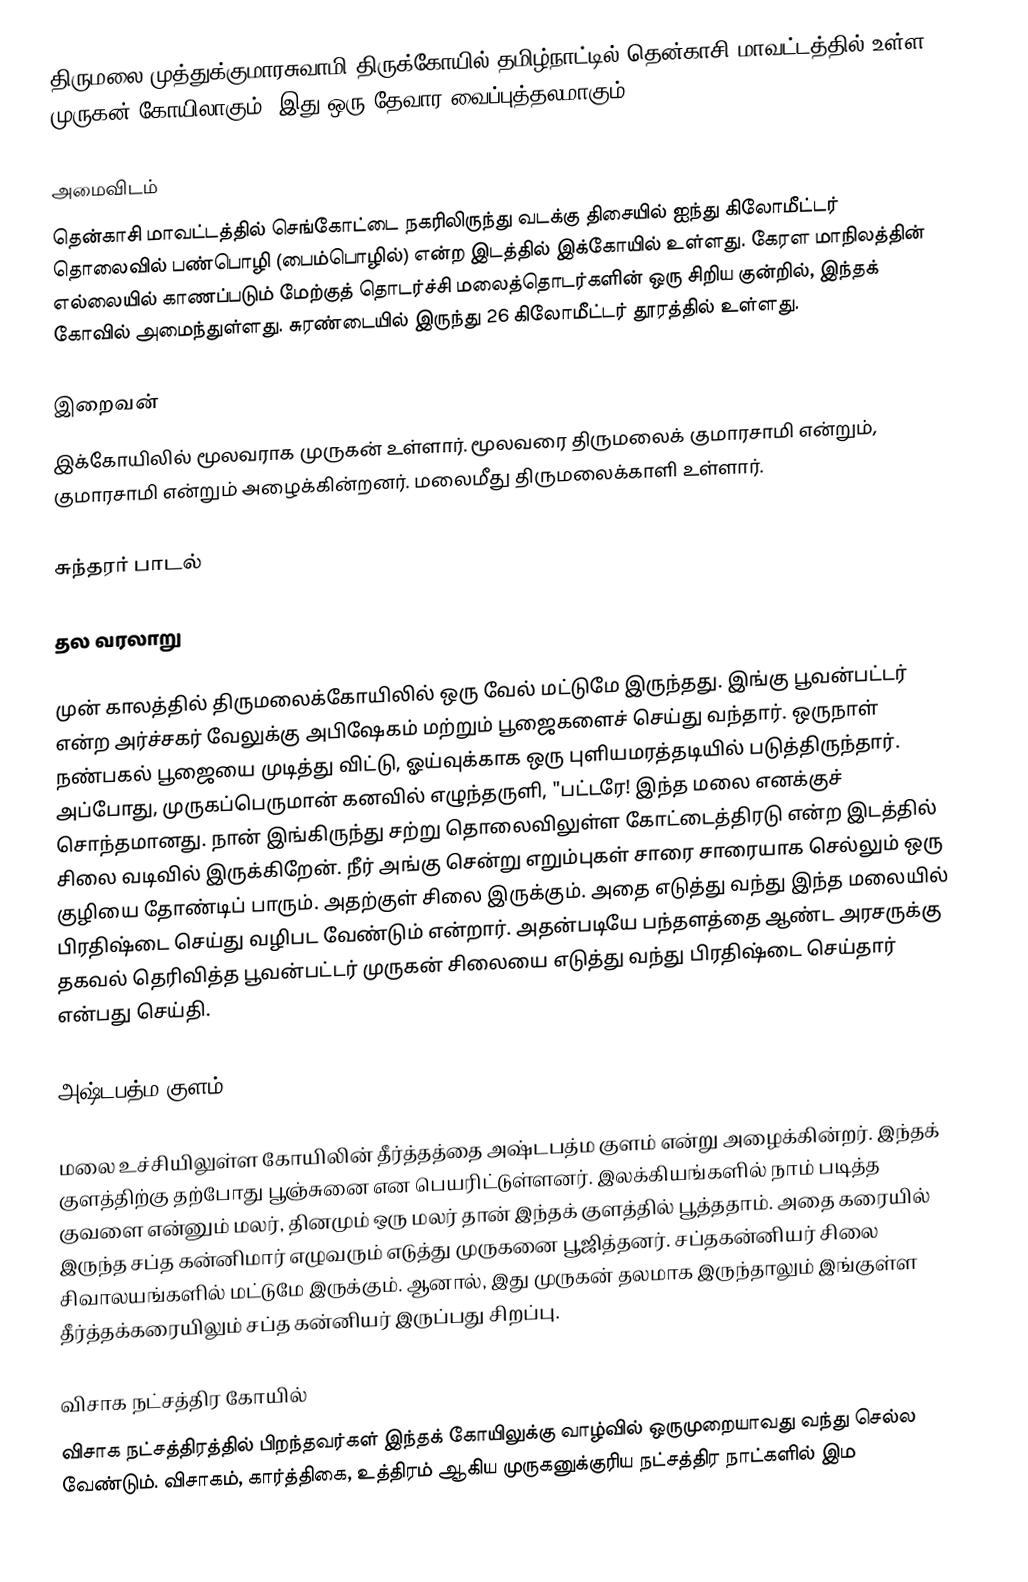
திருமலை முத்துக்குமாரசுவாமி திருக்கோயில் தமிழ்நாட்டில் தென்காசி மாவட்டத்தில் உள்ள முருகன் கோயிலாகும். இது ஒரு தேவார வைப்புத்தலமாகும்.

அமைவிடம்
தென்காசி மாவட்டத்தில் செங்கோட்டை நகரிலிருந்து வடக்கு திசையில் ஐந்து கிலோமீட்டர் தொலைவில் பண்பொழி (பைம்பொழில்) என்ற இடத்தில் இக்கோயில் உள்ளது. கேரள மாநிலத்தின் எல்லையில் காணப்படும் மேற்குத் தொடர்ச்சி மலைத்தொடர்களின் ஒரு சிறிய குன்றில், இந்தக் கோவில் அமைந்துள்ளது. சுரண்டையில் இருந்து 26 கிலோமீட்டர் தூரத்தில் உள்ளது.

இறைவன்
இக்கோயிலில் மூலவராக முருகன் உள்ளார். மூலவரை திருமலைக் குமாரசாமி என்றும், குமாரசாமி என்றும் அழைக்கின்றனர்.  மலைமீது திருமலைக்காளி உள்ளார்.

சுந்தரர் பாடல்

தல வரலாறு

முன் காலத்தில் திருமலைக்கோயிலில் ஒரு வேல் மட்டுமே இருந்தது. இங்கு பூவன்பட்டர் என்ற அர்ச்சகர் வேலுக்கு அபிஷேகம் மற்றும் பூஜைகளைச் செய்து வந்தார். ஒருநாள் நண்பகல் பூஜையை முடித்து விட்டு, ஓய்வுக்காக ஒரு புளியமரத்தடியில் படுத்திருந்தார். அப்போது, முருகப்பெருமான் கனவில் எழுந்தருளி, "பட்டரே! இந்த மலை எனக்குச் சொந்தமானது. நான் இங்கிருந்து சற்று தொலைவிலுள்ள கோட்டைத்திரடு என்ற இடத்தில் சிலை வடிவில் இருக்கிறேன். நீர் அங்கு சென்று எறும்புகள் சாரை சாரையாக செல்லும் ஒரு குழியை தோண்டிப் பாரும். அதற்குள் சிலை இருக்கும். அதை எடுத்து வந்து இந்த மலையில் பிரதிஷ்டை செய்து வழிபட வேண்டும் என்றார். அதன்படியே பந்தளத்தை ஆண்ட அரசருக்கு தகவல் தெரிவித்த பூவன்பட்டர் முருகன் சிலையை எடுத்து வந்து பிரதிஷ்டை செய்தார் என்பது செய்தி.

அஷ்டபத்ம குளம்

மலை உச்சியிலுள்ள கோயிலின் தீர்த்தத்தை அஷ்டபத்ம குளம் என்று அழைக்கின்றர். இந்தக் குளத்திற்கு தற்போது பூஞ்சுனை என பெயரிட்டுள்ளனர். இலக்கியங்களில் நாம் படித்த குவளை என்னும் மலர், தினமும் ஒரு மலர் தான் இந்தக் குளத்தில் பூத்ததாம். அதை கரையில் இருந்த சப்த கன்னிமார் எழுவரும் எடுத்து முருகனை பூஜித்தனர். சப்தகன்னியர் சிலை சிவாலயங்களில் மட்டுமே இருக்கும். ஆனால், இது முருகன் தலமாக இருந்தாலும் இங்குள்ள தீர்த்தக்கரையிலும் சப்த கன்னியர் இருப்பது சிறப்பு.

விசாக நட்சத்திர கோயில்
விசாக நட்சத்திரத்தில் பிறந்தவர்கள் இந்தக் கோயிலுக்கு வாழ்வில் ஒருமுறையாவது வந்து செல்ல வேண்டும். விசாகம், கார்த்திகை, உத்திரம் ஆகிய முருகனுக்குரிய நட்சத்திர நாட்களில் இம